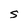
Character: S